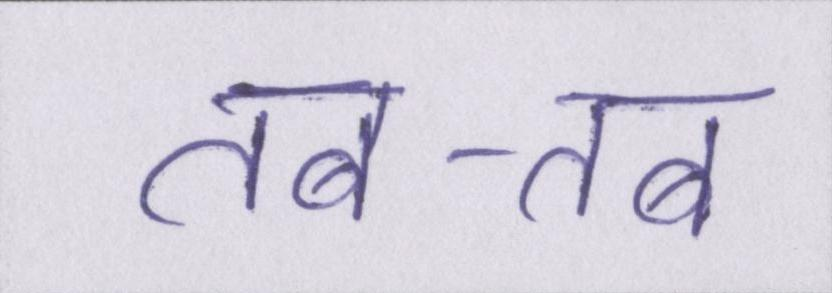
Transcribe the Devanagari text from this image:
तब-तब